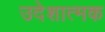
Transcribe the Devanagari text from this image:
उदेशात्मक